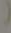
(